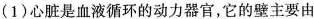
(1)心脏是血液循环的动力器官，它的壁主要由